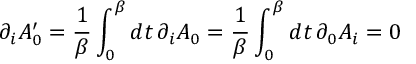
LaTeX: \partial _ { i } A _ { 0 } ^ { \prime } = { \frac { 1 } { \beta } } \int _ { 0 } ^ { \beta } d t \, \partial _ { i } A _ { 0 } = { \frac { 1 } { \beta } } \int _ { 0 } ^ { \beta } d t \, \partial _ { 0 } A _ { i } = 0